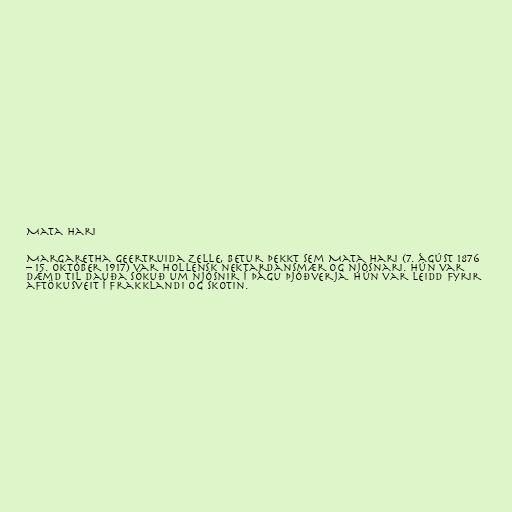
Mata Hari

Margaretha Geertruida Zelle, betur þekkt sem Mata Hari (7. ágúst 1876
– 15. október 1917) var hollensk nektardansmær og njósnari. Hún var
dæmd til dauða sökuð um njósnir í þágu Þjóðverja. Hún var leidd fyrir
aftökusveit í Frakklandi og skotin.